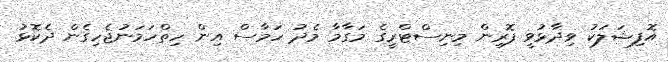
އޮފިޝަލަކު ވިދާޅުވީ ފޮރިން މިނިސްޓްރީގެ މަގާމާ މެދު ހަމާސް އިން ހިތްހަމަނުޖެހިގެން ދެކޮޅު